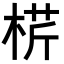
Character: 𣔠